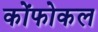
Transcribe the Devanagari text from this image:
कोंफोकल